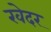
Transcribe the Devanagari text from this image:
खेदर